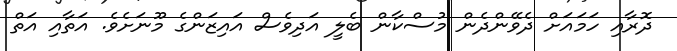
ދޮރާއި ހަމައަށް ދެވޭންދެން މުސްކާން ބެލީ އަދިވެސް އައިޒަންގެ މޫނަށެވެ. އަތާއި އަތް